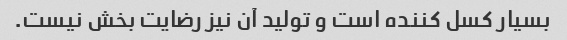
بسیار کسل کننده است و تولید آن نیز رضایت بخش نیست.